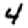
Digit: 4